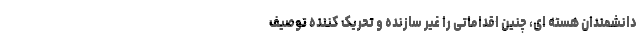
دانشمندان هسته ای، چنین اقداماتی را غیر سازنده و تحریک کننده توصیف